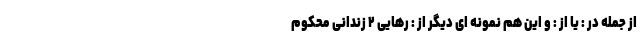
از جمله در : یا از : و این هم نمونه ای دیگر از : رهایی ۲ زندانی محکوم